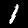
Label: 1